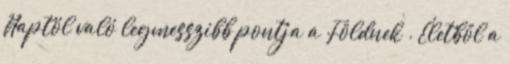
Naptól való legmesszibb pontja a Földnek . Életből a